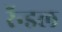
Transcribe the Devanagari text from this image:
रॅन्डल